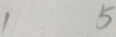
1 5